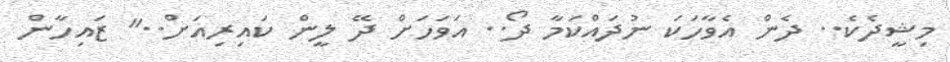
މިޝީދެކެ.. ދެން އެވާހަކަ ނުދައްކަމާ ދޯ.. އަވަހަށް ދޭ ލީން ކައިރިއަށް.." ޒައިހާން